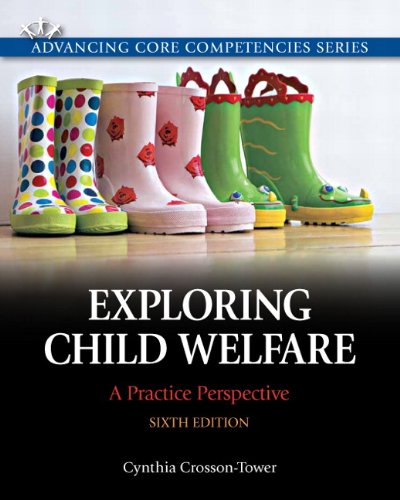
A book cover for Exploring Child Welfare: A Practice Perspective (6th Edition) (Advancing Core Competencies); Cynthia Crosson-Tower; Politics & Social Sciences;